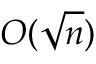
O ( { \sqrt { n } } )